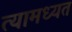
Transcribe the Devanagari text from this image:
त्यामध्यत